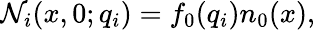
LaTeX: \mathcal{N}_{i}(x,0;q_{i})=f_{0}(q_{i})n_{0}(x),